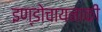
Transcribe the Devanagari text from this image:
इण्डोचायनाकी